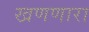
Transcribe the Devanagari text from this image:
खणणारा